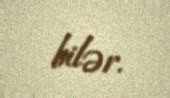
bilər.